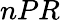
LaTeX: nPR